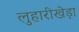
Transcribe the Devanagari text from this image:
लुहारीखेड़ा